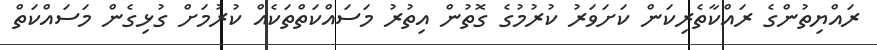
ރައްޔިތުންގެ ރައްކާތެރިކަން ކަށަވަރު ކުރުމުގެ ގޮތުން އިތުރު މަސައްކަތްތަކެއް ކުރުމަށް ގުޅިގެން މަސައްކަތް